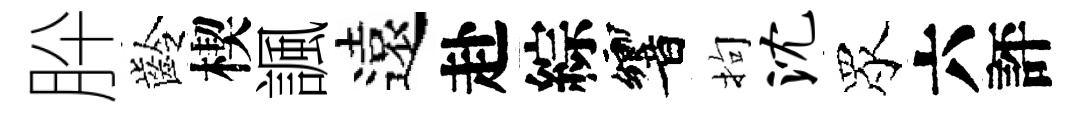
肸齡楔諷遠赴綜響拘沈眾六評